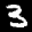
Label: 3